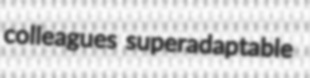
colleagues superadaptable